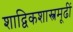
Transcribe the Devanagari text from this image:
शाद्विकशास्त्रमूढीं